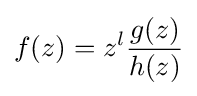
f(z)=z^{l}{\frac {g(z)}{h(z)}}